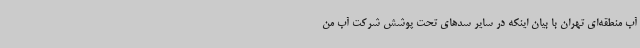
آب منطقه‌ای تهران با بیان اینکه در سایر سدهای تحت پوشش شرکت آب من